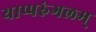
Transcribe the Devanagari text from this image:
याप्परुंगलम्